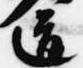
道